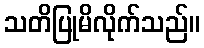
သတိပြုမိလိုက်သည်။